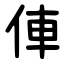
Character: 俥